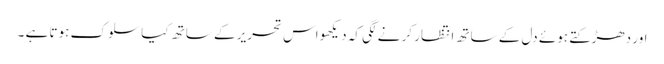
اور دھڑکتے ہوئے دل کے ساتھ انتظار کر نے لگی کہ دیکھو اس تحریر کے ساتھ کیا سلوک ہوتا ہے ۔